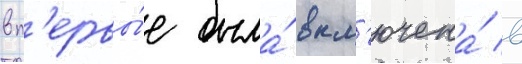
вп'ервы́е была́ вкл'ючена́ в